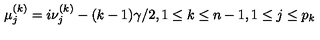
\mu _ { j } ^ { ( k ) } = i \nu _ { j } ^ { ( k ) } - ( k - 1 ) \gamma / 2 , 1 \leq k \leq n - 1 , 1 \leq j \leq p _ { k }